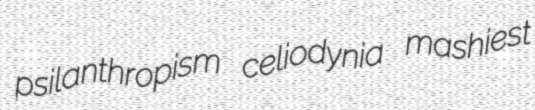
psilanthropism celiodynia mashiest